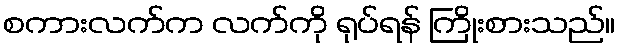
စကားလက်က လက်ကို ရုပ်ရန် ကြိုးစားသည်။